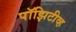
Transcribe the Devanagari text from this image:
पॉझिटीव्ह